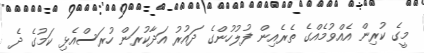
މީގެ ކުރިން އެއްވުމެއްގެ ތެރެއިން ފުލުހުންގެ ދައުރު އަދާކުރަން ހުރަސްއެޅި ކަމުގެ ދެ